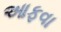
આફવા